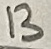
Text: 13